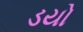
ડયો